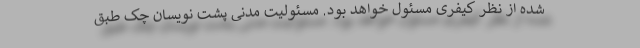
شده از نظر کیفری مسئول خواهد بود. مسئولیت مدنی پشت نویسان چک طبق